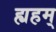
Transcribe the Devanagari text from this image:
ह्यहम्